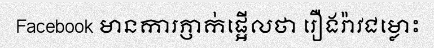
Facebook មានការភ្ញាក់ផ្អើលថា រឿងរ៉ាវជម្លោះ